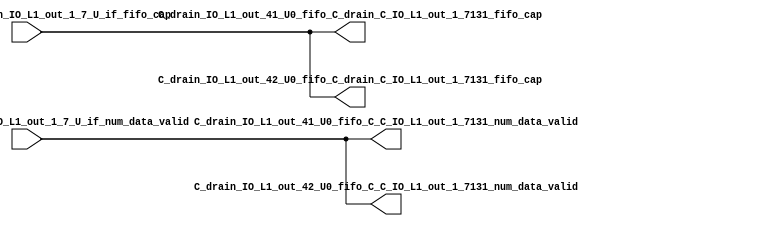
// ==================================================
// RTL generated by RapidStream
//
// Copyright 2024 RapidStream Design Automation, Inc.
// All Rights Reserved.
// ==================================================
`timescale 1 ns / 1 ps
module __rs_kernel3_aux_split_aux_81 #(
    parameter C_S_AXI_CONTROL_DATA_WIDTH  = 32,
    parameter C_S_AXI_CONTROL_ADDR_WIDTH  = 6,
    parameter C_S_AXI_DATA_WIDTH          = 32,
    parameter C_M_AXI_GMEM_A_ID_WIDTH     = 1,
    parameter C_M_AXI_GMEM_A_ADDR_WIDTH   = 64,
    parameter C_M_AXI_GMEM_A_DATA_WIDTH   = 512,
    parameter C_M_AXI_GMEM_A_AWUSER_WIDTH = 1,
    parameter C_M_AXI_GMEM_A_ARUSER_WIDTH = 1,
    parameter C_M_AXI_GMEM_A_WUSER_WIDTH  = 1,
    parameter C_M_AXI_GMEM_A_RUSER_WIDTH  = 1,
    parameter C_M_AXI_GMEM_A_BUSER_WIDTH  = 1,
    parameter C_M_AXI_GMEM_A_USER_VALUE   = 0,
    parameter C_M_AXI_GMEM_A_PROT_VALUE   = 0,
    parameter C_M_AXI_GMEM_A_CACHE_VALUE  = 3,
    parameter C_M_AXI_DATA_WIDTH          = 32,
    parameter C_M_AXI_GMEM_B_ID_WIDTH     = 1,
    parameter C_M_AXI_GMEM_B_ADDR_WIDTH   = 64,
    parameter C_M_AXI_GMEM_B_DATA_WIDTH   = 512,
    parameter C_M_AXI_GMEM_B_AWUSER_WIDTH = 1,
    parameter C_M_AXI_GMEM_B_ARUSER_WIDTH = 1,
    parameter C_M_AXI_GMEM_B_WUSER_WIDTH  = 1,
    parameter C_M_AXI_GMEM_B_RUSER_WIDTH  = 1,
    parameter C_M_AXI_GMEM_B_BUSER_WIDTH  = 1,
    parameter C_M_AXI_GMEM_B_USER_VALUE   = 0,
    parameter C_M_AXI_GMEM_B_PROT_VALUE   = 0,
    parameter C_M_AXI_GMEM_B_CACHE_VALUE  = 3,
    parameter C_M_AXI_GMEM_C_ID_WIDTH     = 1,
    parameter C_M_AXI_GMEM_C_ADDR_WIDTH   = 64,
    parameter C_M_AXI_GMEM_C_DATA_WIDTH   = 512,
    parameter C_M_AXI_GMEM_C_AWUSER_WIDTH = 1,
    parameter C_M_AXI_GMEM_C_ARUSER_WIDTH = 1,
    parameter C_M_AXI_GMEM_C_WUSER_WIDTH  = 1,
    parameter C_M_AXI_GMEM_C_RUSER_WIDTH  = 1,
    parameter C_M_AXI_GMEM_C_BUSER_WIDTH  = 1,
    parameter C_M_AXI_GMEM_C_USER_VALUE   = 0,
    parameter C_M_AXI_GMEM_C_PROT_VALUE   = 0,
    parameter C_M_AXI_GMEM_C_CACHE_VALUE  = 3,
    parameter C_S_AXI_CONTROL_WSTRB_WIDTH = 4,
    parameter C_S_AXI_WSTRB_WIDTH         = 4,
    parameter C_M_AXI_GMEM_A_WSTRB_WIDTH  = 64,
    parameter C_M_AXI_WSTRB_WIDTH         = 4,
    parameter C_M_AXI_GMEM_B_WSTRB_WIDTH  = 64,
    parameter C_M_AXI_GMEM_C_WSTRB_WIDTH  = 64
) (
    output wire [1:0] C_drain_IO_L1_out_41_U0_fifo_C_C_IO_L1_out_1_7131_num_data_valid,
    output wire [1:0] C_drain_IO_L1_out_41_U0_fifo_C_drain_C_IO_L1_out_1_7131_fifo_cap,
    output wire [1:0] C_drain_IO_L1_out_42_U0_fifo_C_C_IO_L1_out_1_7131_num_data_valid,
    output wire [1:0] C_drain_IO_L1_out_42_U0_fifo_C_drain_C_IO_L1_out_1_7131_fifo_cap,
    input wire  [1:0] fifo_C_drain_C_drain_IO_L1_out_1_7_U_if_fifo_cap,
    input wire  [1:0] fifo_C_drain_C_drain_IO_L1_out_1_7_U_if_num_data_valid
);
assign C_drain_IO_L1_out_41_U0_fifo_C_C_IO_L1_out_1_7131_num_data_valid = fifo_C_drain_C_drain_IO_L1_out_1_7_U_if_num_data_valid;
assign C_drain_IO_L1_out_41_U0_fifo_C_drain_C_IO_L1_out_1_7131_fifo_cap = fifo_C_drain_C_drain_IO_L1_out_1_7_U_if_fifo_cap;
assign C_drain_IO_L1_out_42_U0_fifo_C_C_IO_L1_out_1_7131_num_data_valid = fifo_C_drain_C_drain_IO_L1_out_1_7_U_if_num_data_valid;
assign C_drain_IO_L1_out_42_U0_fifo_C_drain_C_IO_L1_out_1_7131_fifo_cap = fifo_C_drain_C_drain_IO_L1_out_1_7_U_if_fifo_cap;
endmodule